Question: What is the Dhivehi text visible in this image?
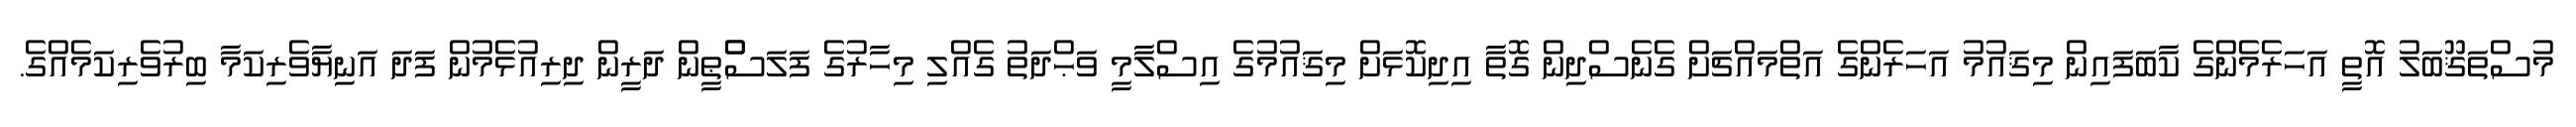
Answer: މުސްތަޤޫބަލު އޮތީ އަހަރެމެންގެ ކާބަފައިން މިޤައުމު އަހަރެންގެ އަތްމައްޗަށް ގެނެސްދިން ގޮތާ އިދިކޮޅަށް މިޤައުމުގެ އިސްލާމީ ވަޙްދަތު ގެއްލި މިހާރުގެ ފަލަސްްޠީން ދަރީން ދިރިއުޅެމުން ފަދަ އަނިޔާވެރިކަމާ ބިރުވެރިކަމެއްގެ.